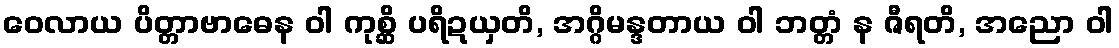
ဝေလာယ ပိတ္တာဗာဓေန ဝါ ကုစ္ဆိ ပရိဍယှတိ, အဂ္ဂိမန္ဒတာယ ဝါ ဘတ္တံ န ဇီရတိ, အညော ဝါ